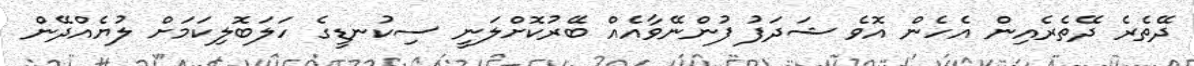
ދޭތެރެ ދޭތެރެއިން އެހެން އޮވެ ޝަދަފު ފުންނޭވާއެއް ބޭރުކޮށްލަނީ ސިކުނޑީގެ ހަލަބޮލިކަމަށް ލުޔެއްދޭން